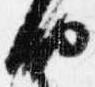
納